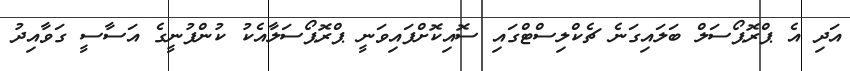
އަދި އެ ޕްރޮޕޯސަލް ބަލައިގަނެ ޗެކްލިސްޓްގައި ސޮއިކޮށްފައިވަނީ ޕްރޮޕޯސަލާއެކު ކުންފުނީގެ އަސާސީ ގަވާއިދު